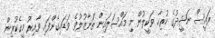
ރައީސް ނަޝީދުގެ ހުރިހާ ވަކީލުން މި މައްސަލައިން ތަނާޒުލުވެ ވަޑައިގެންފައި ވާއިރު މީގެކުރިން